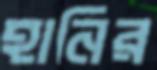
হানির